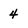
Character: 4